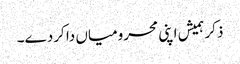
ذکر ہمیش اپنی محرومیاں دا کردے۔